Dysentery in Hazaribagh Central Jail - Number 52
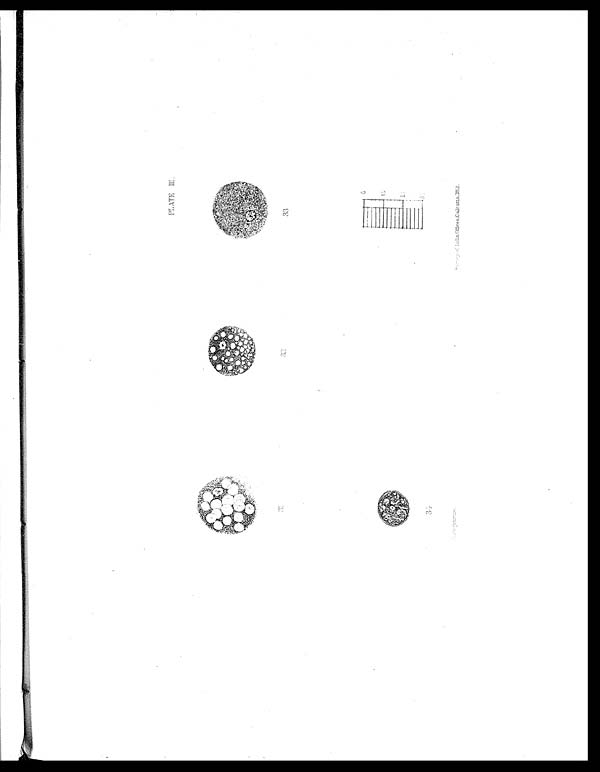
PLATE III.
31
32 33 34
Photoģravure.
Su r v e y o f I n d i a Of f i c e s , Ca l c u t t a 1 9 1 2 .